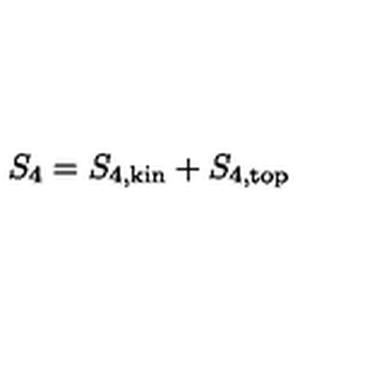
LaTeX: S _ { 4 } = S _ { 4 , \mathrm { k i n } } + S _ { 4 , \mathrm { t o p } }